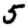
Digit: 5